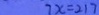
7 x = 2 1 7